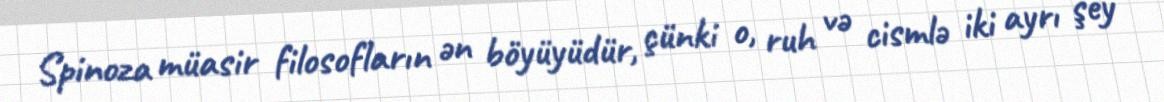
Spinoza müasir filosofların ən böyüyüdür, çünki o, ruh və cismlə iki ayrı şey